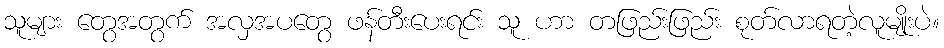
သူများ တွေအတွက် အလှအပတွေ ဖန်တီးပေးရင်း သူ ဟာ တဖြည်းဖြည်း စုတ်လာရတဲ့လူမျိုးပဲ။